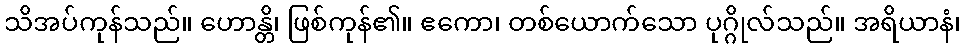
သိအပ်ကုန်သည်။ ဟောန္တိ၊ ဖြစ်ကုန်၏။ ဧကော၊ တစ်ယောက်သော ပုဂ္ဂိုလ်သည်။ အရိယာနံ၊